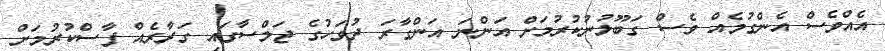
އެއްވެސް އެންގުމެއް ވެސް ގަބޫލުނުކުރުމަށް އަންނަ އަންގާރަ ދުވަހުގެ ޖަލްސާގައި ގަރާރެއް ފާސްކުރުމަށް